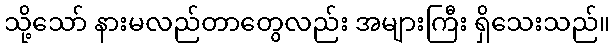
သို့သော် နားမလည်တာတွေလည်း အများကြီး ရှိသေးသည်။